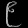
Digit: ၉